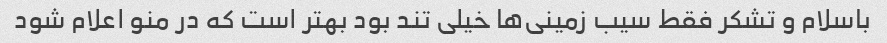
باسلام و تشکر فقط سیب زمینی‌ها خیلی تند بود بهتر است که در منو اعلام شود